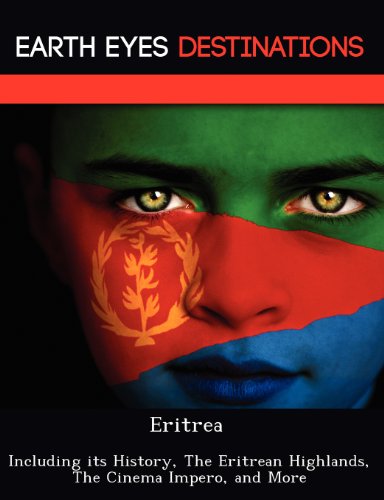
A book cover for Eritrea: Including its History, The Eritrean Highlands, The Cinema Impero, and More; Renee Browning; Travel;